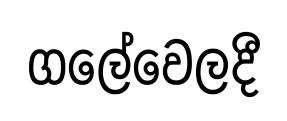
ගලේවෙලදී